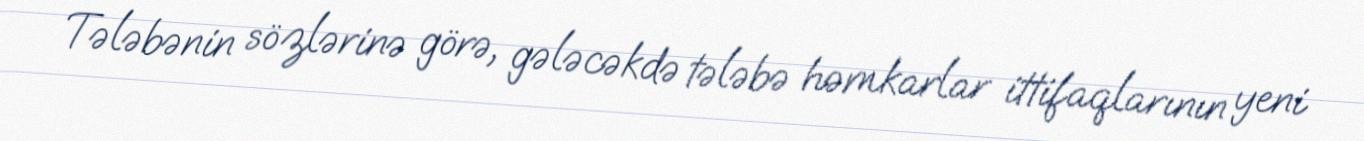
Tələbənin sözlərinə görə, gələcəkdə tələbə həmkarlar ittifaqlarının yeni